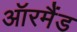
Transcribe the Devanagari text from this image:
ऑरमैंड